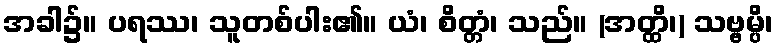
အခါ၌။ ပရဿ၊ သူတစ်ပါး၏။ ယံ၊ စိတ္တံ၊ သည်။ (အတ္ထိ၊) သဗ္ဗမ္ပိ၊